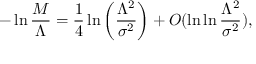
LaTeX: - \ln \frac { M } { \Lambda } = \frac { 1 } { 4 } \ln \left( \frac { \Lambda ^ { 2 } } { \sigma ^ { 2 } } \right) + { \cal O } ( \ln \ln \frac { \Lambda ^ { 2 } } { \sigma ^ { 2 } } ) ,